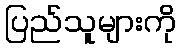
ပြည်သူများကို